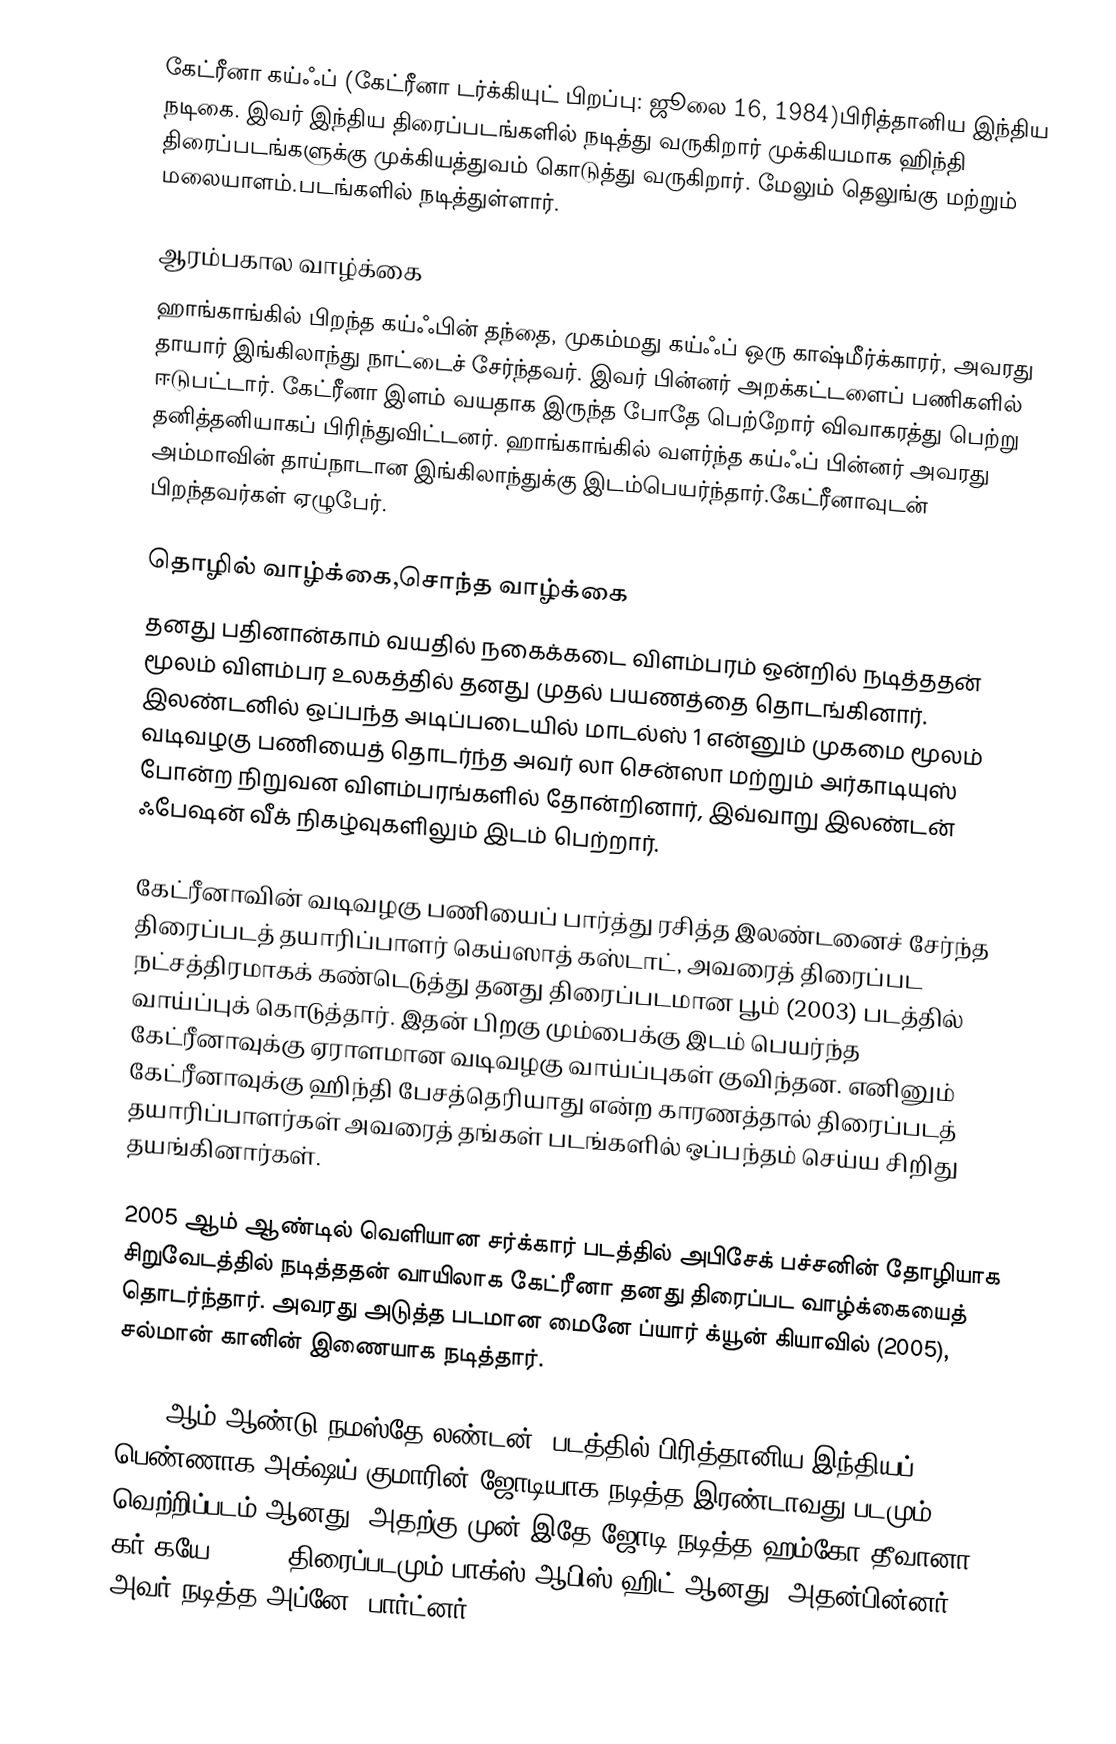
கேட்ரீனா கய்ஃப் (கேட்ரீனா டர்க்கியுட் பிறப்பு: ஜூலை 16, 1984)பிரித்தானிய இந்திய நடிகை. இவர் இந்திய திரைப்படங்களில் நடித்து வருகிறார் முக்கியமாக ஹிந்தி திரைப்படங்களுக்கு முக்கியத்துவம் கொடுத்து வருகிறார். மேலும் தெலுங்கு மற்றும் மலையாளம்.படங்களில் நடித்துள்ளார்.

ஆரம்பகால வாழ்க்கை
ஹாங்காங்கில் பிறந்த கய்ஃபின் தந்தை, முகம்மது கய்ஃப் ஒரு காஷ்மீர்க்காரர், அவரது தாயார் இங்கிலாந்து நாட்டைச் சேர்ந்தவர். இவர் பின்னர் அறக்கட்டளைப் பணிகளில் ஈடுபட்டார். கேட்ரீனா இளம் வயதாக இருந்த போதே பெற்றோர் விவாகரத்து பெற்று தனித்தனியாகப் பிரிந்துவிட்டனர்.  ஹாங்காங்கில் வளர்ந்த கய்ஃப் பின்னர் அவரது அம்மாவின் தாய்நாடான இங்கிலாந்துக்கு இடம்பெயர்ந்தார்.கேட்ரீனாவுடன் பிறந்தவர்கள் ஏழுபேர்.

தொழில் வாழ்க்கை,சொந்த வாழ்க்கை
தனது பதினான்காம் வயதில்  நகைக்கடை விளம்பரம் ஒன்றில் நடித்ததன் மூலம் விளம்பர  உலகத்தில் தனது முதல் பயணத்தை தொடங்கினார்.  இலண்டனில் ஒப்பந்த அடிப்படையில் மாடல்ஸ் 1 என்னும் முகமை மூலம் வடிவழகு பணியைத் தொடர்ந்த அவர் லா சென்ஸா மற்றும் அர்காடியுஸ் போன்ற நிறுவன விளம்பரங்களில் தோன்றினார், இவ்வாறு இலண்டன் ஃபேஷன் வீக் நிகழ்வுகளிலும் இடம் பெற்றார்.

கேட்ரீனாவின் வடிவழகு பணியைப் பார்த்து ரசித்த இலண்டனைச் சேர்ந்த திரைப்படத் தயாரிப்பாளர் கெய்ஸாத் கஸ்டாட், அவரைத் திரைப்பட நட்சத்திரமாகக் கண்டெடுத்து தனது திரைப்படமான பூம் (2003) படத்தில் வாய்ப்புக் கொடுத்தார். இதன் பிறகு மும்பைக்கு இடம் பெயர்ந்த கேட்ரீனாவுக்கு ஏராளமான வடிவழகு வாய்ப்புகள் குவிந்தன. எனினும் கேட்ரீனாவுக்கு ஹிந்தி பேசத்தெரியாது என்ற காரணத்தால் திரைப்படத் தயாரிப்பாளர்கள் அவரைத் தங்கள் படங்களில் ஒப்பந்தம் செய்ய சிறிது தயங்கினார்கள்.

2005 ஆம் ஆண்டில் வெளியான சர்க்கார் படத்தில் அபிசேக் பச்சனின் தோழியாக சிறுவேடத்தில் நடித்ததன் வாயிலாக கேட்ரீனா தனது திரைப்பட வாழ்க்கையைத் தொடர்ந்தார். அவரது அடுத்த படமான மைனே ப்யார் க்யூன் கியாவில் (2005), சல்மான் கானின் இணையாக நடித்தார்.

2007-ஆம் ஆண்டு நமஸ்தே லண்டன், படத்தில் பிரித்தானிய-இந்தியப் பெண்ணாக அக்ஷய் குமாரின் ஜோடியாக நடித்த இரண்டாவது படமும் வெற்றிப்படம் ஆனது. அதற்கு முன் இதே ஜோடி நடித்த ஹம்கோ தீவானா கர் கயே (2006) திரைப்படமும் பாக்ஸ் ஆபிஸ் ஹிட் ஆனது. அதன்பின்னர், அவர் நடித்த அப்னே, பார்ட்னர்,